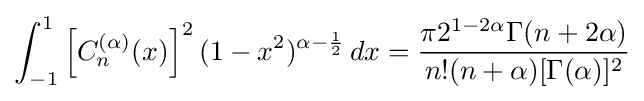
\int _{-1}^{1}\left[C_{n}^{(\alpha )}(x)\right]^{2}(1-x^{2})^{\alpha -{\frac {1}{2}}}\,dx={\frac {\pi 2^{1-2\alpha }\Gamma (n+2\alpha )}{n!(n+\alpha )[\Gamma (\alpha )]^{2}}}